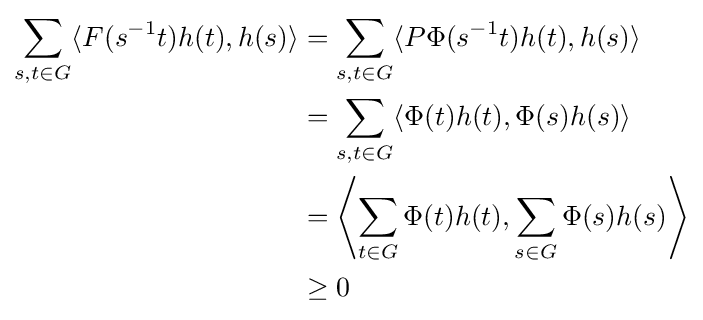
{\begin{aligned}\sum _{s,t\in G}\langle F(s^{-1}t)h(t),h(s)\rangle &=\sum _{s,t\in G}\langle P\Phi (s^{-1}t)h(t),h(s)\rangle \\{}&=\sum _{s,t\in G}\langle \Phi (t)h(t),\Phi (s)h(s)\rangle \\{}&=\left\langle \sum _{t\in G}\Phi (t)h(t),\sum _{s\in G}\Phi (s)h(s)\right\rangle \\{}&\geq 0\end{aligned}}